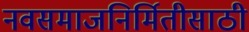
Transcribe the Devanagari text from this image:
नवसमाजनिर्मितीसाठी